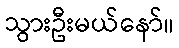
သွားဦးမယ်နော်။